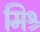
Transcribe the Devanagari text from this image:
मिश्र्